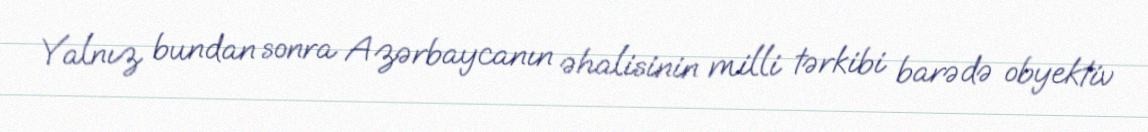
Yalnız bundan sonra Azərbaycanın əhalisinin milli tərkibi barədə obyektiv